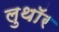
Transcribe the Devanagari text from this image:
लुथाॅर